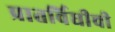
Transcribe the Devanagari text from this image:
प्रातर्विधीची